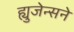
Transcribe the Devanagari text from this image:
ह्युजेन्सने